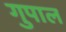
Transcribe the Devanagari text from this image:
गुपाल